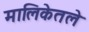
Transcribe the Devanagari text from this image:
मालिकेतले